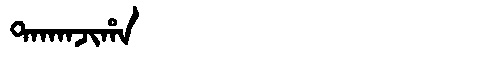
Manchu: ᡨᠠᡴᠠᠨᠵᡳᡥᠠ
Romanization: TAKANJIHA